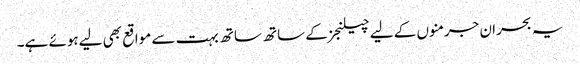
یہ بحران جرمنوں کے لیے چیلنجز کے ساتھ ساتھ بہت سے مواقع بھی لیےہوئے ہے۔